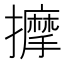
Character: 擵